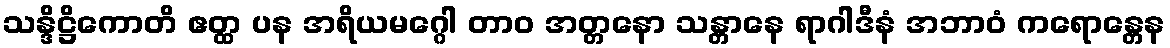
သန္ဒိဋ္ဌိကောတိ ဧတ္ထ ပန အရိယမဂ္ဂေါ တာဝ အတ္တနော သန္တာနေ ရာဂါဒီနံ အဘာဝံ ကရောန္တေန